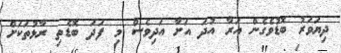
ދިޔަވަރު ބޮޑުވެގެން އަރާ އުދަ އަށާ އަދިވެސް މި ފަދަ ބޮޑެތި ރާޅުތަކަށް